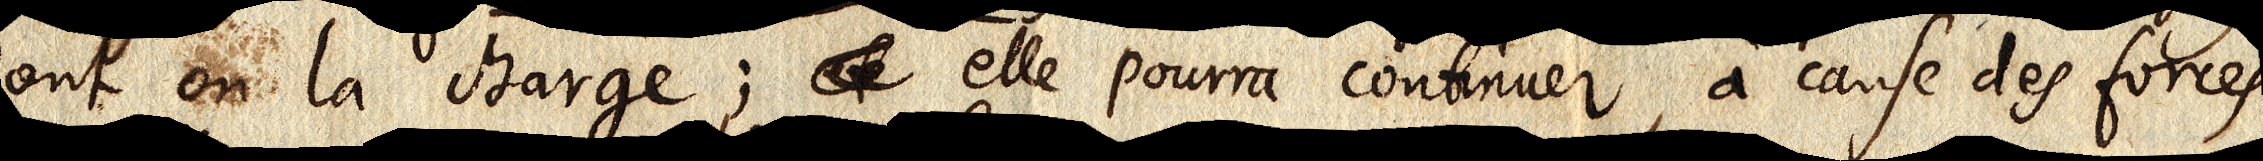
dont on la charge; et elle pourra continuer, à cause des forces